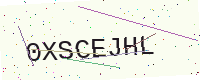
Text: 0XSCEJHL